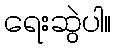
ရေးဆွဲပါ။